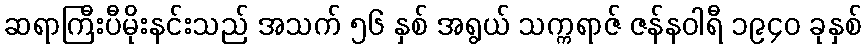
ဆရာကြီးပီမိုးနင်းသည် အသက် ၅၆ နှစ် အရွယ် သက္ကရာဇ် ဇန်နဝါရီ ၁၉၄၀ ခုနှစ်